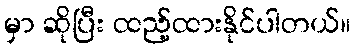
မှာ ဆိုပြီး ထည့်ထားနိုင်ပါတယ်။